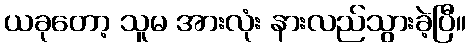
ယခုတော့ သူမ အားလုံး နားလည်သွားခဲ့ပြီ။